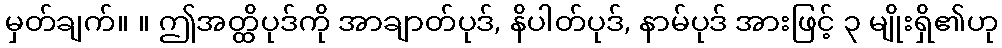
မှတ်ချက်။ ။ ဤအတ္ထိပုဒ်ကို အာချာတ်ပုဒ်, နိပါတ်ပုဒ်, နာမ်ပုဒ် အားဖြင့် ၃ မျိုးရှိ၏ဟု